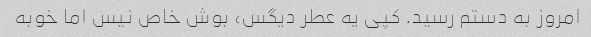
امروز به دستم رسید. کپی یه عطر دیگس، بوش خاص نیس اما خوبه